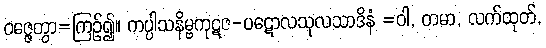
ဝဇ္ဇေတွာ=ကြဉ်၍။ ကပ္ပါသနိမ္ဗကုဋဇ-ပဋောလသုလသာဒိနံ =ဝါ, တမာ, လက်ထုတ်,